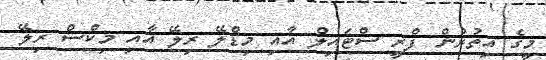
މީގެ އިތުރުން ފްރީ ސްޓައިލް އާއި މިޑްލޭ ރިލޭ އާއި މިކްސް ރިލޭ